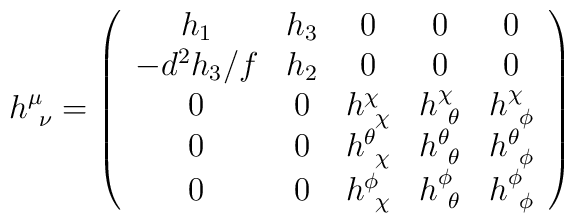
h^\mu_{~\nu} = \left (\begin{array}{ccccc}h_1& h_3 & 0 & 0 & 0 \\-d^2 h_3 /f & h_2 & 0 & 0 & 0 \\0 & 0 & h^\chi_{~\chi} & h^\chi_{~\theta} & h^\chi_{~\phi} \\0 & 0 & h^\theta_{~\chi} & h^\theta_{~\theta} & h^\theta_{~\phi} \\0 & 0 & h^\phi_{~\chi} & h^\phi_{~\theta} & h^\phi_{~\phi} \end{array}\right )